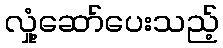
လှုံ့ဆော်ပေးသည့်